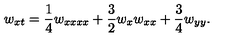
w _ { x t } = \frac { 1 } { 4 } w _ { x x x x } + \frac { 3 } { 2 } w _ { x } w _ { x x } + \frac { 3 } { 4 } w _ { y y } .